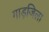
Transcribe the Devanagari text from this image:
गाड़जिला